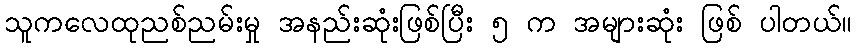
သူကလေထုညစ်ညမ်းမှု အနည်းဆုံးဖြစ်ပြီး ၅ က အများဆုံး ဖြစ် ပါတယ်။